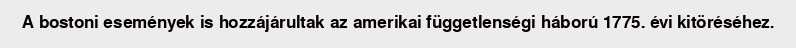
A bostoni események is hozzájárultak az amerikai függetlenségi háború 1775. évi kitöréséhez.